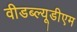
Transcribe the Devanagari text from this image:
वीडब्ल्यूडीएम